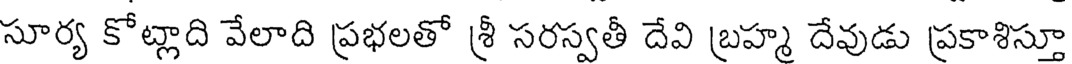
సూర్య కోట్లాది వేలాది ప్రభలతో శ్రీ సరస్వతీ దేవి బ్రహ్మ దేవుడు ప్రకాశిస్తూ